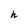
Character: h